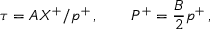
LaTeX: \tau = A X ^ { + } / p ^ { + } \, , \quad \quad P ^ { + } = \frac { B } { 2 } p ^ { + } \, ,